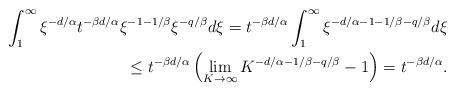
LaTeX: \begin{align*}\int_{1}^{\infty}\xi^{-d/\alpha}t^{-\beta d/\alpha}\xi^{-1-1/\beta}\xi^{-q/\beta}d\xi =t^{-\beta d/\alpha}\int_{1}^{\infty}\xi^{-d/\alpha - 1 - 1/\beta - q/\beta}d\xi \\\le t^{-\beta d/\alpha}\left(\lim_{K \rightarrow \infty}K^{-d/\alpha - 1/\beta - q/\beta} - 1\right) = t^{-\beta d/\alpha}.\end{align*}